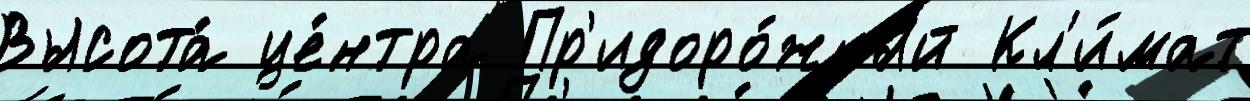
Высота́ це́нтра Пр'идоро́жный Кл'и́мат